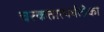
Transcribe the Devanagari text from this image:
चरकतात्पर्यटीका